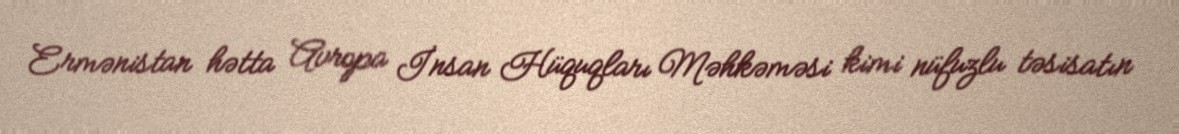
Ermənistan hətta Avropa İnsan Hüquqları Məhkəməsi kimi nüfuzlu təsisatın